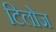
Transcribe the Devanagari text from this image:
टिलोज